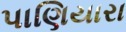
પાણિયારા